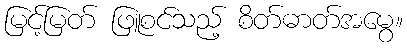
မြင့်မြတ် ဖြူစင်သည့် စိတ်ဓာတ်အမွေ။